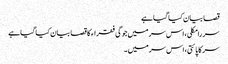
قصا بیان کیا گیا ہے
سر رامکلی، اس سر میں جوگی فقراء کا قصا بیان کیا گیا ہے
سر کاپائتی، اس سر میں ۔